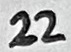
Text: 22